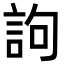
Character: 訽